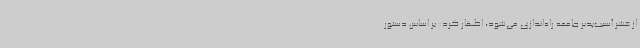
از قشر آسیب‌پذیر جامعه راه‌اندازی می‌شود، اظهار کرد: بر اساس دستور